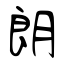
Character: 朗